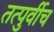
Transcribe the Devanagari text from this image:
तत्पुर्वीच